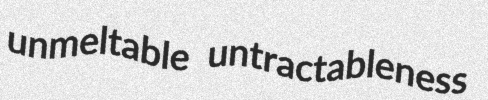
unmeltable untractableness